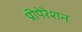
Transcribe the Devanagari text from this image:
प्रीपेरेशन